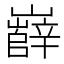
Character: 𡾦